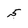
Character: 5